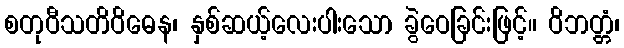
စတုဝီသတိဝိဓေန၊ နှစ်ဆယ့်လေးပါးသော ခွဲဝေခြင်းဖြင့်။ ဝိဘတ္တံ၊